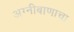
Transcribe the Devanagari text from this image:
अग्नीबाणाचा